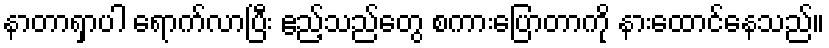
နာတာရှာပါ ရောက်လာပြီး ဧည့်သည်တွေ စကားပြောတာကို နားထောင်နေသည်။